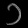
Digit: ၁